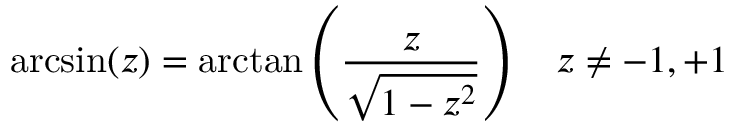
\arcsin ( z ) = \arctan \left( { \frac { z } { \sqrt { 1 - z ^ { 2 } } } } \right) \quad z \neq - 1 , + 1